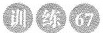
训练67